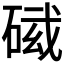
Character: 𥓛